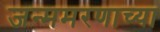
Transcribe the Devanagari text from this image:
जन्ममरणाच्या